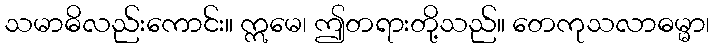
သမာဓိလည်းကောင်း။ ဣမေ၊ ဤတရားတို့သည်။ တေကုသလာဓမ္မာ၊